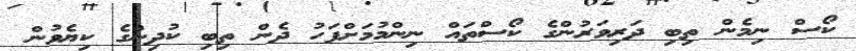
ކޯސް ނިމެން ތިބި ދަރިވަރުންގެ ކޯސްތައް ނިންމުމަށްފަހު ދެން ތިބި ކުދިންގެ ކިޔެވުން